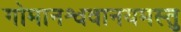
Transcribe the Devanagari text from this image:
गोमानश्ववानयमस्तु